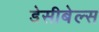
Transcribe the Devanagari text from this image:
डेसीबेल्स